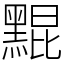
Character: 䵪